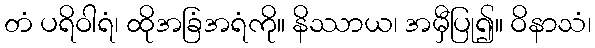
တံ ပရိဝါရံ၊ ထိုအခြံအရံကို။ နိဿာယ၊ အမှီပြု၍။ ဝိနာသံ၊